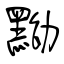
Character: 黝